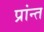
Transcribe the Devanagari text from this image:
प्रांन्त